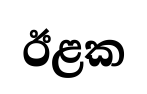
ඊළක